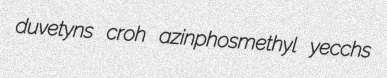
duvetyns croh azinphosmethyl yecchs